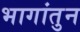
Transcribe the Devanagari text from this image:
भागांतुन